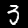
Label: 3